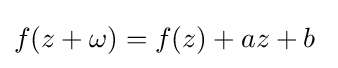
f(z+\omega )=f(z)+az+b\